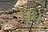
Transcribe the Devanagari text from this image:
धूधू